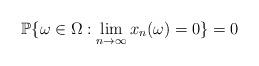
LaTeX: \begin{align*}\mathbb P\{\omega\in \Omega: \lim_{n\to \infty} x_n(\omega)=0\}=0\end{align*}